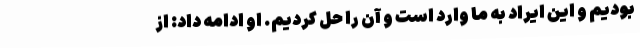
بودیم و این ایراد به ما وارد است و آن را حل کردیم. او ادامه داد: از